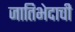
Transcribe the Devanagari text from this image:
जातिभेदाची